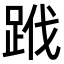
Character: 𨀳